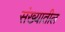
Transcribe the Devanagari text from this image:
संख्यातील